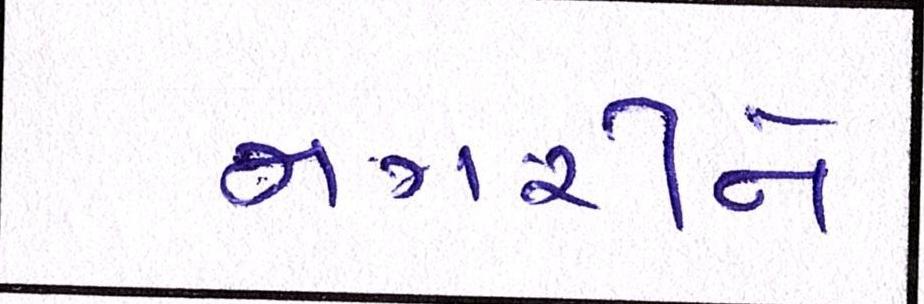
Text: નગરીને